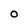
Character: 0